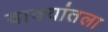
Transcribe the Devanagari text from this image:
वाक्यांतला